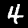
Digit: 4